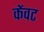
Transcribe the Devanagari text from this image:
केंवट